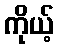
ကိုယ့်